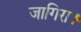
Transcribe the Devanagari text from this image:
जागिरा।